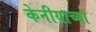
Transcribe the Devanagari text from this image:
केनीयाच्या